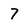
Character: 7